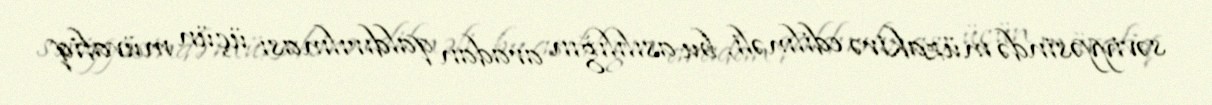
səviyyəsində müzakirə edilməli, bu asılılığın aradan qaldırılması üçün müvafiq